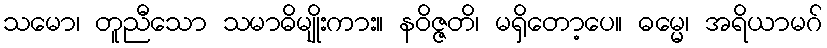
သမော၊ တူညီသော သမာဓိမျိုးကား။ နဝိဇ္ဇတိ၊ မရှိတော့ပေ။ ဓမ္မေ၊ အရိယာမဂ်